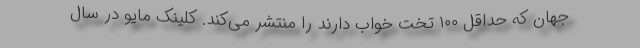
جهان که حداقل ۱۰۰ تخت خواب دارند را منتشر می‌کند. کلینک مایو در سال